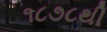
૧૮૭૮થી